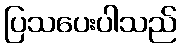
ပြသပေးပါသည်